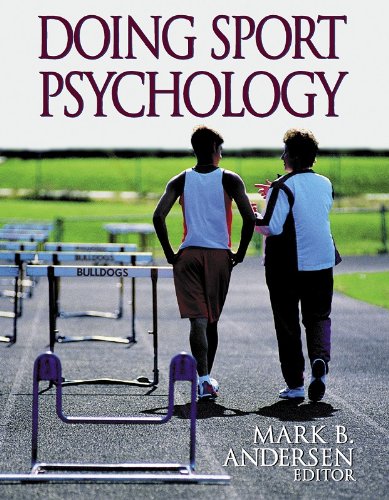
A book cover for Doing Sport Psychology; Mark Andersen; Sports & Outdoors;